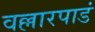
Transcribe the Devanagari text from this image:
वल्लारपाडं